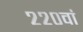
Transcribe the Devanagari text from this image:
२२०वां